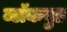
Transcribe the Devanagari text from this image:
ब्लॅकवुड